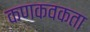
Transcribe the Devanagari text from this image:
कणकवकता